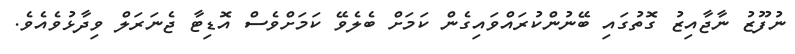
ނުފޫޒު ނާޖާއިޒު ގޮތުގައި ބޭނުންކުރައްވައިގެން ކަމަށް ބެލެވޭ ކަމަށްވެސް އޮޑިޓާ ޖެނަރަލް ވިދާޅުވެއެވެ.